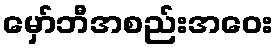
မှော်ဘီအစည်းအဝေး